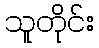
သူတိုင်း